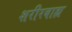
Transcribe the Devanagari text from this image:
शरीरबाह्य